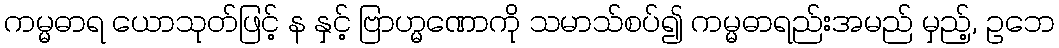
ကမ္မဓာရ ယောသုတ်ဖြင့် န နှင့် ဗြာဟ္မဏောကို သမာသ်စပ်၍ ကမ္မဓာရည်းအမည် မှည့်, ဥဘေ